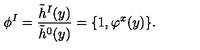
\phi ^ { I } = { \frac { \tilde { h } ^ { I } ( y ) } { \tilde { h } ^ { 0 } ( y ) } } = \{ 1 , \varphi ^ { x } ( y ) \} .